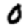
Digit: 0